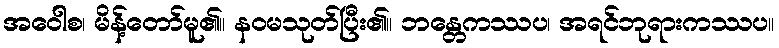
အဝေါစ၊ မိန့်တော်မူ၏။ နဝမသုတ်ပြီး၏။ ဘန္တေကဿပ၊ အရင်ဘုရားကဿပ။